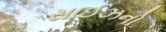
સાઈઝનો